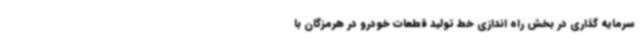
سرمایه گذاری در بخش راه اندازی خط تولید قطعات خودرو در هرمزگان با